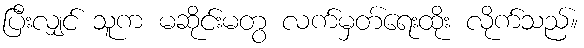
ပြီးလျှင် သူက မဆိုင်းမတွ လက်မှတ်ရေးထိုး လိုက်သည်။